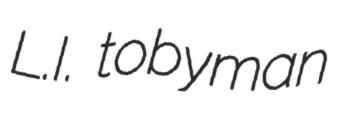
L.I. tobyman